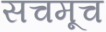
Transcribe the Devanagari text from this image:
सचमूच